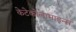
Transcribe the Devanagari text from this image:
केटेकोलामाइन्स